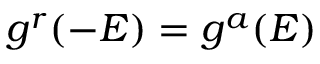
g ^ { r } ( - E ) = g ^ { a } ( E )